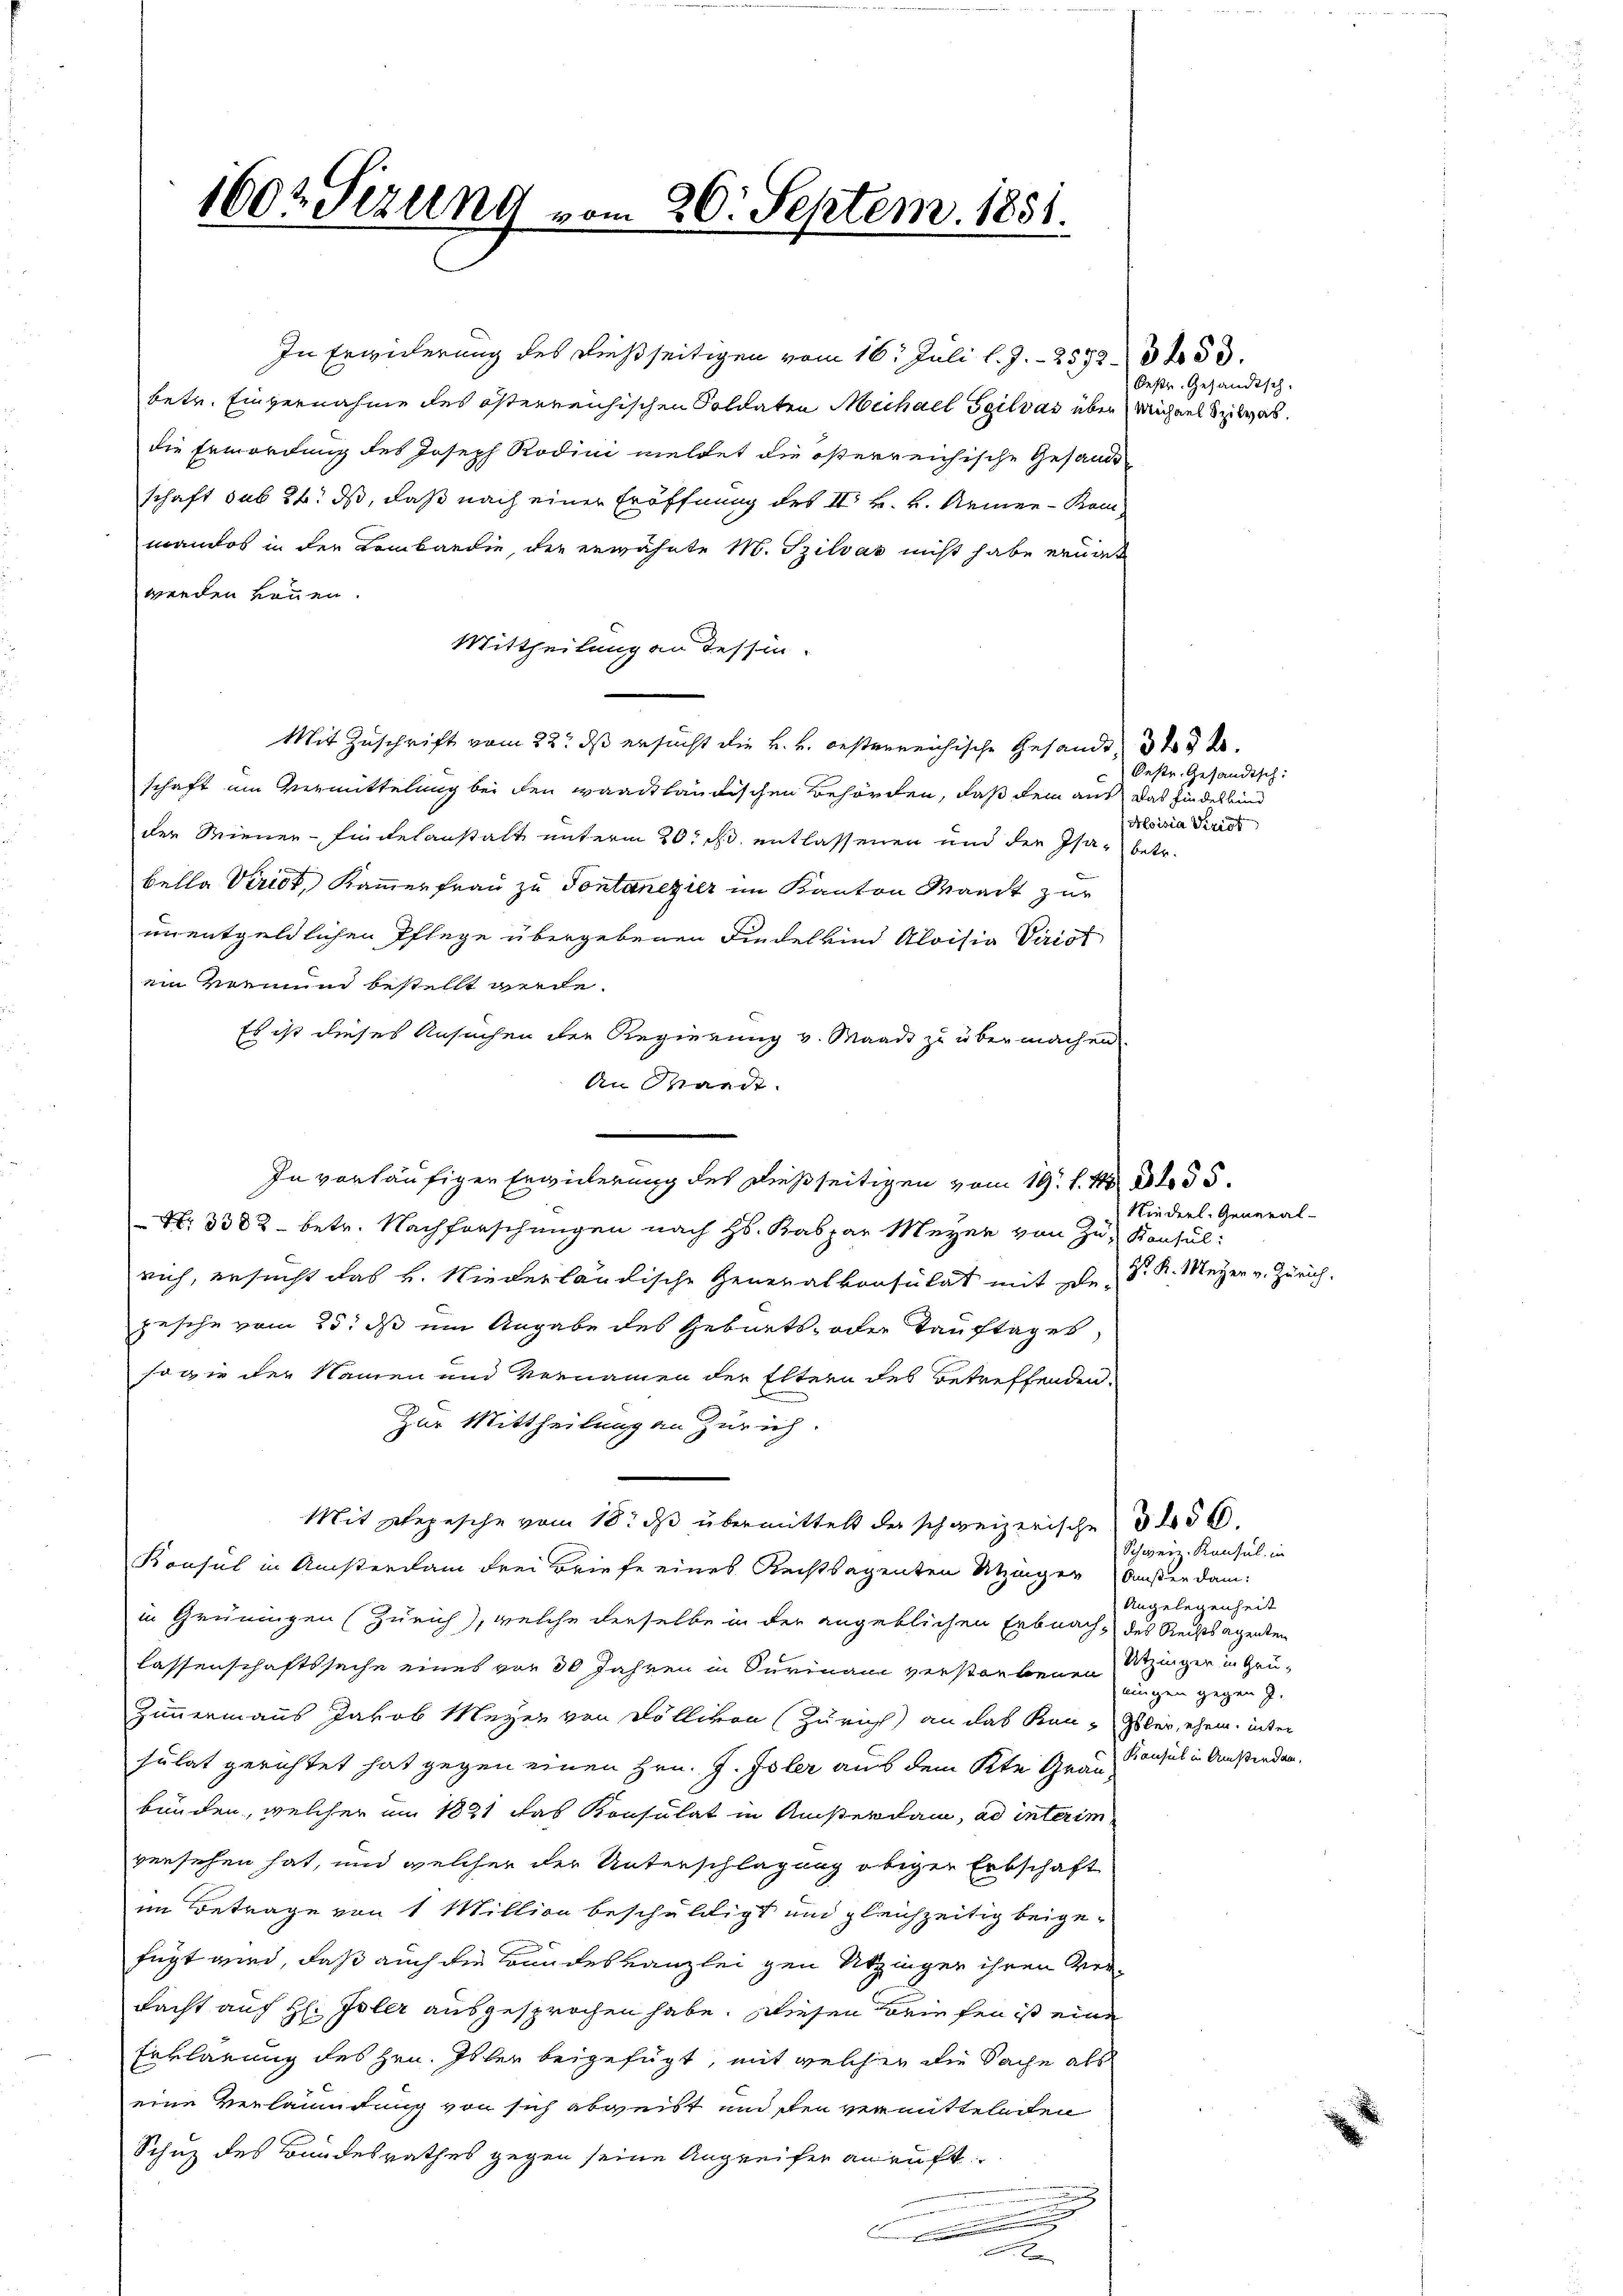
1602. Sizung vom 26. Septem. 1881.

In Erwiderung des dießseitigen vom 16. Juli l. J. 25323453.
betr. Einvernahme des österreichischen Soldaten Michael Teilvas über Michael Spilvas.
die Ermordung des Joseph Rodini meldet die österreichische Gesandt
schaft sub 24. ds, daß nach einer Eröffnung des II. k. k. Armee-Kommandos in der Lombardie, der erwähnte M. Szilvas nicht habe ernat
werden können.
Mittheilung an Tessin.
Mit Zuschrift vom 22. ds ersucht die k. k. oesterreichische Gesandt 34 dk
schaft im Vermittelung bei den waadtländischen Behörden, daß dem aus das finderbind
der Miener-Findelanstalt unterm 20. ds. entlassenen und der Isaz betr.
bella Viriot, Kammerfrau zu Sontanezier im Kanton Waadt zur
unentgeldlichen Pflege übergebenen Findelkind Aloisia Virist
ein vermund bestellt werde.
Es ist dieses Ansuchen der Regierung v. Waadt zu übermachen.
An Wande.
 Nr. 3388 - betr. Nachforschungen nach Hs. Kaspar Meyer von Zu- Konsul:
rich, ersucht das K. Niederländische Generalkonsulat mit den Sr. K. Meyer v. Zürich.
pesche vom 25. ds ein Angabe des Geburts- oder Tauftages
sogie der Namen und Vernamen der Eltern des Betreffenden.
Zur Mittheilung an Zürich.
Mit phepesche vom 18. ds übermittelt der schweizerische d
Konsul in Ansterdam Frei Briefe eines Rechtsagenten Sitzinger Außer dam
in Grüningen (Zürich), welche derselbe in der angeblichen Erbnach des Rechtsagenten
lassenschaftssache eines vor 30 Jahren in Suriam verstorbenen Rezinger in Grü¬
Zimmermanns Jakob Meyer von Köllikon (Zürich) an das Kan-Isler, ehem, inter
sulat gerichtet hat gegen einen Hrn. J. Isler aus dem Kte Grau Konsul in Ansieden.
bunden, welcher am 1881 das Konsulat in Ansterdam, ad interim
versehen hat, und welcher der Unterschlagung obiger Erbschaft
im Betrage von 1 Million beschuldigt und gleichzeitig beigefügt wird, daß auch die Bundeskanzlei gen Utzingen ihren Vertacht auf H: Isler ausgesprochen habe. Wiesen Briefen ist eine
Erklärung des Hrn. Isler beigefügt, mit welcher die Sache als
eine Verlaufung von sich abweist und den vermittelnden
Schutz des Bandesrathes gegen seine Angreifer anruft

In vorläufigen Erwiederung des dießseitigen vom 19. d. 1. 355.

Oestr. Gesandtsch

Restr. Gesandtsch:
Moisia Periot

Niederl. General-

Schweiz. Konsul in
Angelegenheit
eingen gegen J.